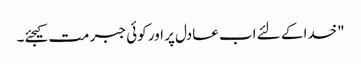
"خدا کے لئے اب عادل پر اور کوئی جبر مت کیجئے۔